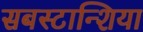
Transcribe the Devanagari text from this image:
सबस्टान्शिया